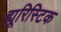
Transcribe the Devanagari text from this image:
ह्यूरिस्टिक